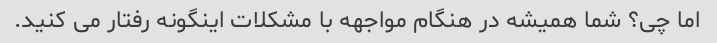
اما چی؟ شما همیشه در هنگام مواجهه با مشکلات اینگونه رفتار می کنید.